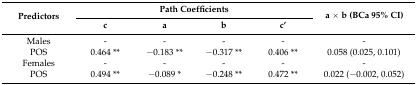
<table><thead><tr><td rowspan="2"><b>Predictors</b></td><td colspan="4"><b>Path Coefficients</b></td><td rowspan="2"><b>a × b (BCa 95% CI)</b></td></tr><tr><td><b>c</b></td><td><b>a</b></td><td><b>b</b></td><td><b>c’</b></td></tr></thead><tbody><tr><td>Males</td><td>-</td><td>-</td><td>-</td><td>-</td><td>-</td></tr><tr><td>POS</td><td>0.464 **</td><td>‒0.183 **</td><td>‒0.317 **</td><td>0.406 **</td><td>0.058 (0.025, 0.101)</td></tr><tr><td>Females</td><td>-</td><td>-</td><td>-</td><td>-</td><td>-</td></tr><tr><td>POS</td><td>0.494 **</td><td>‒0.089 *</td><td>‒0.248 **</td><td>0.472 **</td><td>0.022 (‒0.002, 0.052)</td></tr></tbody></table>